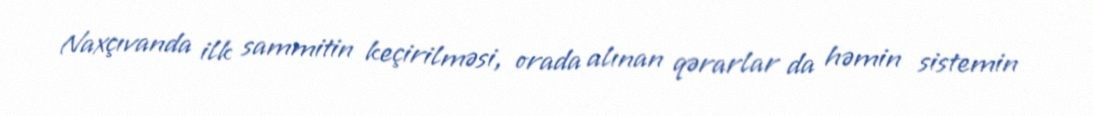
Naxçıvanda ilk sammitin keçirilməsi, orada alınan qərarlar da həmin sistemin